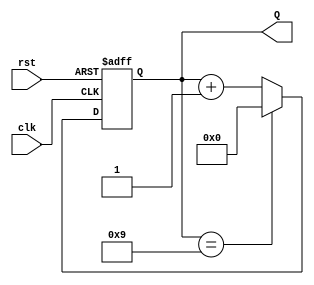
module decade_counter (
    input wire clk,       // Clock input
    input wire rst,       // Asynchronous reset
    output reg [3:0] Q    // 4-bit output representing the current count
);

// Always block for counting
always @(posedge clk or posedge rst) begin
    if (rst) begin
        Q <= 4'b0000;    // Reset the count to 0
    end else begin
        if (Q == 4'b1001) begin
            Q <= 4'b0000; // Reset to 0 when count reaches 10 (1010)
        end else begin
            Q <= Q + 1;   // Increment count
        end
    end
end

endmodule